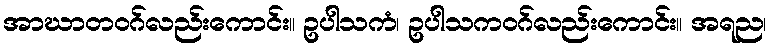
အာဃာတဝဂ်လည်းကောင်း။ ဥပါသကံ၊ ဥပါသကဝဂ်လည်းကောင်း။ အရည၊